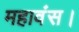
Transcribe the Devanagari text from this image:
महावंस।